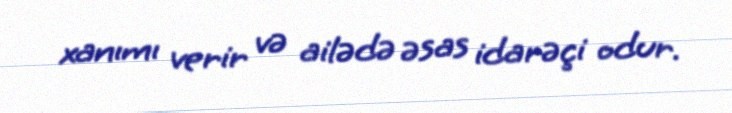
xanımı verir və ailədə əsas idarəçi odur.